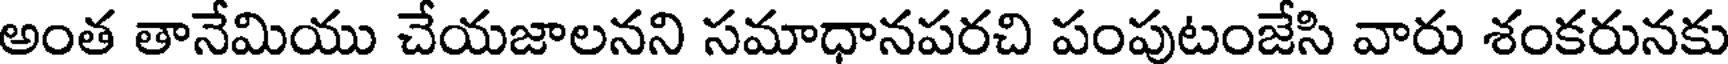
అంత తానేమియు చేయజాలనని సమాధానపరచి పంపుటంజేసి వారు శంకరునకు